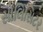
સોલિસિટર